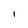
Character: l